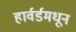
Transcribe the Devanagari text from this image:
हार्वर्डमधून